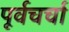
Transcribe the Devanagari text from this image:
पूर्वचर्चा